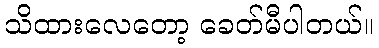
သိထားလေတော့ ခေတ်မီပါတယ်။